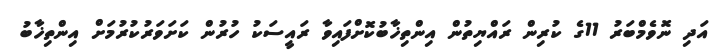
އަދި ނޮވެމްބަރު 11ގެ ކުރިން ރައްޔިތުން އިންތިޚާބުކޮށްފައިވާ ރައީސަކު ހުރުން ކަށަވަރުކުރުމަށް އިންތިޚާބު